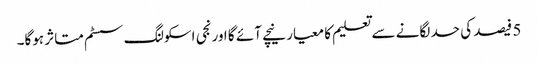
5 فیصد کی حد لگانے سے تعلیم کا معیار نیچے آئے گا اورنجی اسکولنگ سسٹم متاثر ہوگا۔